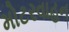
મોટરવાહન